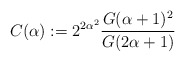
\begin{align*}C(\alpha) := 2^{2\alpha^{2}}\frac{G(\alpha+1)^{2}}{G(2\alpha+1)}\end{align*}